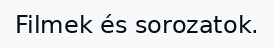
Filmek és sorozatok.